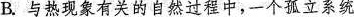
B. 与热现象有关的自然过程中，一个孤立系统